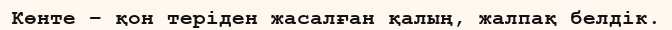
Көнте – қон теріден жасалған қалың, жалпақ белдік.